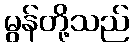
မွန်တို့သည်